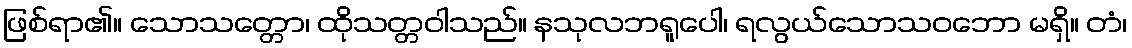
ဖြစ်ရာ၏။ သောသတ္တော၊ ထိုသတ္တဝါသည်။ နသုလဘရူပေါ၊ ရလွယ်သောသဝဘော မရှိ။ တံ၊